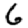
Digit: 6